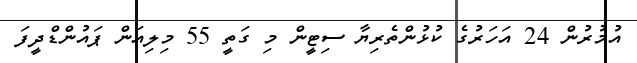
އުމުރުން 24 އަހަރުގެ ކުޅުންތެރިޔާ ސިޓީން މި ގަތީ 55 މިލިއަން ޕައުންޑްދީފަ